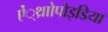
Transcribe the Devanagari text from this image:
ऐं्थ्राोपोइडिया